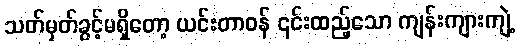
သတ်မှတ်ခွင့်မရှိတော့ ယင်းတာဝန် ၎င်းထည့်သော ကျန်းကျားကျဲ့